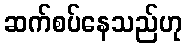
ဆက်စပ်နေသည်ဟု